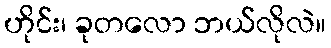
ဟိုင်း၊ ခုတလော ဘယ်လိုလဲ။